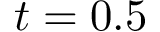
t = 0 . 5